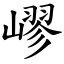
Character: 嵺